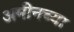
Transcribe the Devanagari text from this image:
अमीनच्या